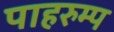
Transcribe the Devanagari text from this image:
पाहरुम्प